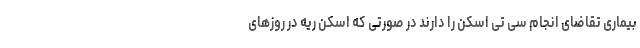
بیماری تقاضای انجام سی تی اسکن را دارند در صورتی که اسکن ریه در روزهای